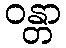
ဝန္တာ